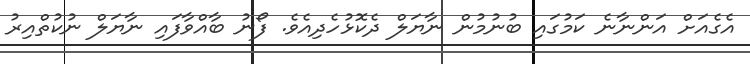
އެގެއަށް އަންނާނެ ކަމުގައި ބުނުމުން ނާޔަލް ދެކޮޅުހެދިއެވެ. ފޯނު ބާއްވާފައި ނާޔަލް ނުކުތްއިރު